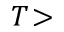
T \! >